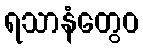
ရသာနံတွေဝ